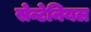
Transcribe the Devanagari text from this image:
सेन्टेनियल